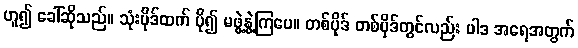
ဟူ၍ ခေါ်ဆိုသည်။ သုံးပိုဒ်ထက် ပို၍ မဖွဲ့နွဲ့ကြပေ။ တစ်ပိုဒ် တစ်ပိုဒ်တွင်လည်း ပါဒ အရေအတွက်